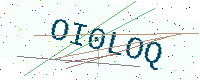
Text: OI0LOQ